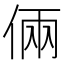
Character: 倆